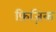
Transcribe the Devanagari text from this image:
फ़िज़िक